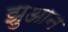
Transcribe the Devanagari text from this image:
झुआन